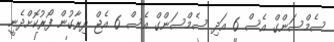
ސެމްސަންގް އެސް 6 އަދި ސެމްސަންގް އެސް 6 އެޖް ދިރާގުން ފޯރުކޮށްދެނީ